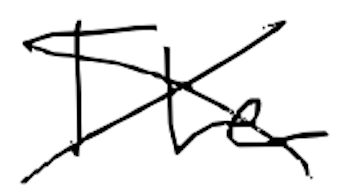
Text: The
Cross-out: mix
Writing tool: digital_black